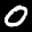
Label: 0